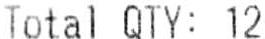
TOTAL QTY: 12